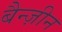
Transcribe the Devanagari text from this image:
बैन्ज़ीन